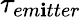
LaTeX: \tau_{em\mathbf{i}tter}